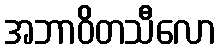
အဘာဝိတသီလော